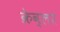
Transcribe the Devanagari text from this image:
क्रेव्लर